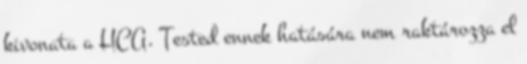
kivonata a HCA. Tested ennek hatására nem raktározza el